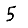
Digit: 5